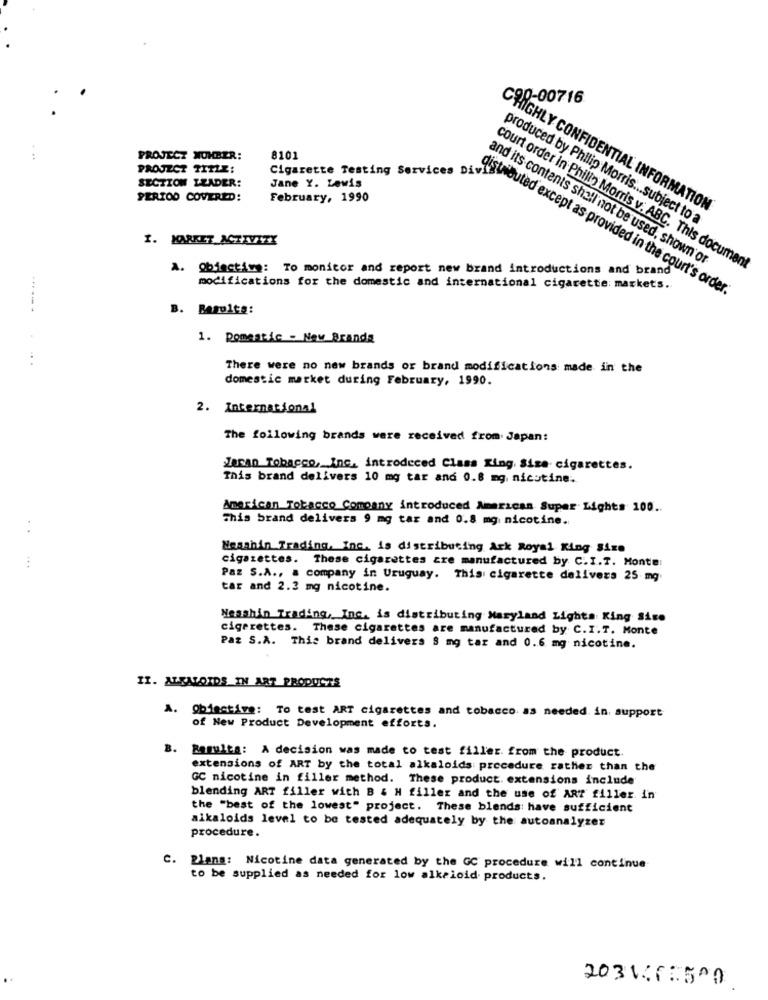
0-00716
PROJECT NUMBER:
8101
PROJECT TITLE:
SECTION LEADER:
Jane Y. Lewis
PERIOD COVERED:
February, 1990
CHIGHLY CONFIDENTIAL INFORMATION
produced by Philip Morris ... subject to a
1. KARKET ACTIVITY
and its contents shall not be used, shown or
A. Obiective: To monitor and report new brand introductions and brand
court order in Philip Morris v. ABC. This document
modifications for the domestic and international cigarette: markets.
Mudrette Testing services Divad except as provided in the court's order.
B. Results:
1. Domestic - New Brandg
....
There were no new brands or brand modifications made in the
domestic market during February, 1990.
2. International
The following brands were received from. Japan:
Zoran Tobacco, Inc. introduced Class King Size. cigarettes.
This brand delivers 10 mg tar and 0.8 mg. nicotine.
American Tobacco Company introduced American Super Lights 100 ..
This brand delivers 9 mg tar and 0.8 mg nicotine.
. .
Nesahin Trading, Inc. is distributing Ark Royal King Size
cigarettes. These cigarettes zre manufactured by C.I.T. Monter
Paz S.A ., a company in Uruguay. This cigarette delivers 25 mg
tar and 2.3 mg nicotine.
Messhin Trading, Inc. is distributing Maryland Lights King Size
cigarettes. These cigarettes are manufactured by C.I.T. Monte
Paz S.A. This brand delivers 8 mg tar and 0.6 mg nicotine.
II. ALKALOIDS IN ART PRODUCTS
A. Obiective: To test ART cigarettes and tobacco as needed. in, support
of New Product Development efforts.
B.
Bamulta: A decision was made to test filler. from the product.
extensions of ART by the total alkaloids procedure rather than the
GC nicotine in filler method. These product. extensions include
blending ART filler with B & H filler and the use of ART filler in
the "best of the lowest" project. These blends: have sufficient
procedure.
alkaloids level to be tested adequately by the autoanalyzer
C. Plans: Nicotine data generated by the GC procedure will continue
to be supplied as needed for low alkaloid products.
203166:500